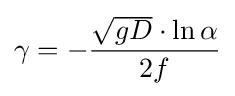
\gamma =-{\frac {{\sqrt {gD}}\cdot \ln \alpha }{2f}}